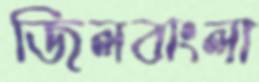
জিলবাংলা